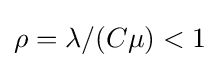
\rho =\lambda /(C\mu )<1